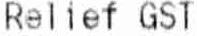
RELIEF GST